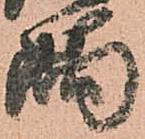
隅